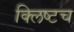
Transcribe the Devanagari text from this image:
क्लिष्टच